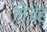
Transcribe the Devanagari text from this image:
गिजेह